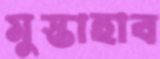
মুস্তাহাব